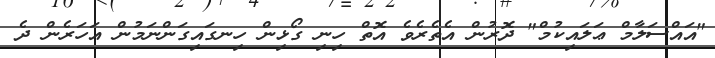
"އައްސަލާމް ޢަލައިކުމް" ދޮރުން އެތެރެވެ އޮތް ހިނި ގޯޅިން ހިނގައިގަންނަމުން އަހަރެން ދެ